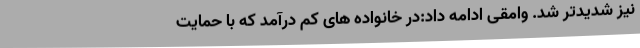
نیز شدیدتر شد. وامقی ادامه داد:در خانواده های کم درآمد که با حمایت